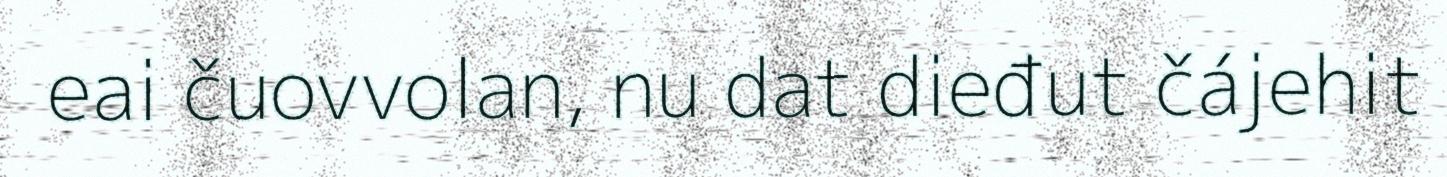
eai čuovvolan, nu dat dieđut čájehit